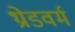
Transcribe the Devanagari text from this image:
थ्रोडवर्म